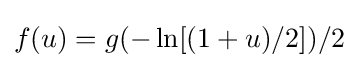
f(u)=g(-\ln[(1+u)/2])/2